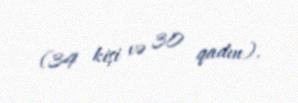
(34 kişi və 30 qadın).